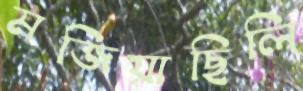
মজিয়াছিলি